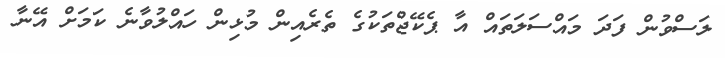
ލަސްވުން ފަދަ މައްސަލަތައް އާ ޕެކޭޖްތަކުގެ ތެރެއިން މުޅިން ހައްލުވާނެ ކަމަށް އޭނާ